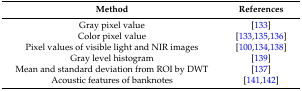
| Method | References |
 | --- | --- |
 | Gray pixel value | [133] |
 | Color pixel value | [133,135,136] |
 | Pixel values of visible light and NIR images | [100,134,138] |
 | Gray level histogram | [139] |
 | Mean and standard deviation from ROI by DWT | [137] |
 | Acoustic features of banknotes | [141,142] |